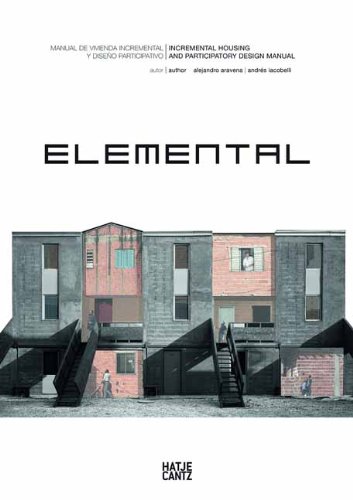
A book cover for Elemental: Incremental Housing and Participatory Design Manual; Alejandro Aravena; Arts & Photography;